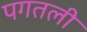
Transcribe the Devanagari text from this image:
पगतली